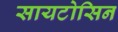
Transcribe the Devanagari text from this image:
सायटोसिन